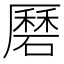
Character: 磿